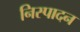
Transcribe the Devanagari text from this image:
निस्पादन